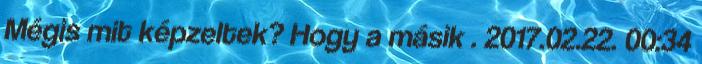
Mégis mit képzeltek? Hogy a másik . 2017.02.22. 00:34